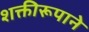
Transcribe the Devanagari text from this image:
शक्तीरूपाने